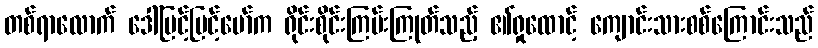
တစ်ရာလောက် ဒေါ်မြင့်မြင့်မော်က ရိုင်းစိုင်းကြမ်းကြုတ်သည့် ၏ရှုထောင့် ကျောင်းသားစစ်ကြောင်းသည်